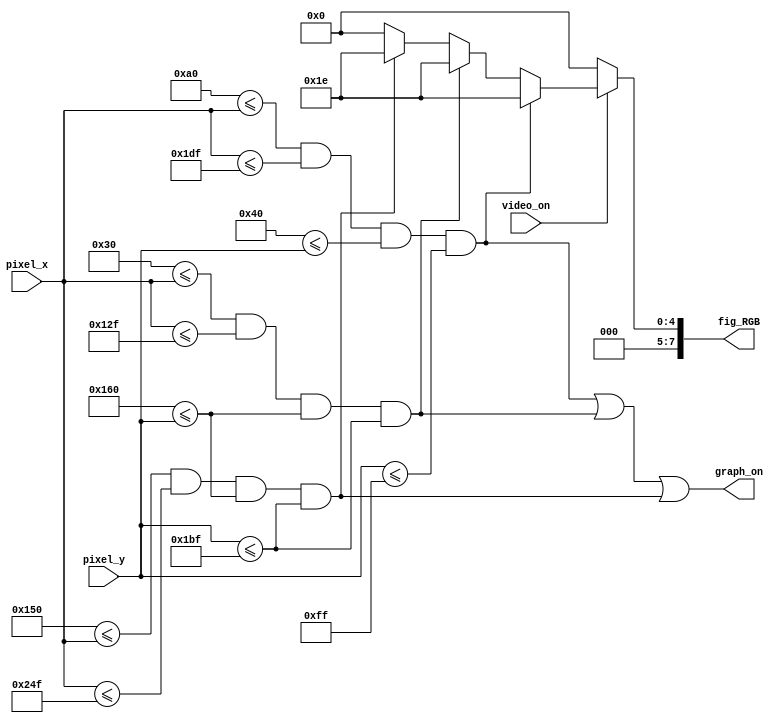
module generador_figuras
(
input wire video_on,//seal que indica que se encuentra en la regin visible de resolucin 640x480
input wire [9:0] pixel_x, pixel_y,//coordenadas xy de cada pixel
output wire graph_on,
output reg [7:0] fig_RGB //8 bpp (Nexys 3)
);

//Declaracin de constantes y seales

//Coordenas xy de la regin visible
localparam MAX_X = 640;
localparam MAX_Y = 480;

//Lmites del recuadro para la hora (320x192)
localparam BOX_H_XL = 160; //Lmite izquierdo
localparam BOX_H_XR = 479; //Lmite derecho
localparam BOX_H_YT = 64;// Lmite superior
localparam BOX_H_YB = 255;//Lmite inferior

//Lmites del recuadro para la fecha (256x96)
localparam BOX_F_XL = 48;//Lmite izquierdo
localparam BOX_F_XR = 303;//Lmite derecho
localparam BOX_F_YT = 352;//Lmite superior
localparam BOX_F_YB = 447;//Lmite inferior

//Lmites del recuadro para el timer (256x96)
localparam BOX_T_XL = 336;//Lmite izquierdo
localparam BOX_T_XR = 591;//Lmite derecho
localparam BOX_T_YT = 352;//Lmite superior
localparam BOX_T_YB = 447;//Lmite inferior

//Seales de salida de los objetos
wire BOX_H_on, BOX_F_on, BOX_T_on;
wire [7:0] BOX_H_RGB, BOX_F_RGB, BOX_T_RGB;

/*Para rellenar con pxeles dentro de los lmites 
de los objetos*/

//Recuadro HORA
assign BOX_H_on = (BOX_H_XL<=pixel_x)&&(pixel_x<=BOX_H_XR)
						&&(BOX_H_YT<=pixel_y)&&(pixel_y<=BOX_H_YB);

assign BOX_H_RGB = 8'h1E;//Turquesa oscuro

//Recuadro FECHA
assign BOX_F_on = (BOX_F_XL<=pixel_x)&&(pixel_x<=BOX_F_XR)
						&&(BOX_F_YT<=pixel_y)&&(pixel_y<=BOX_F_YB);

assign BOX_F_RGB = 8'h1E;//Turquesa oscuro

//Recuadro TIMER
assign BOX_T_on = (BOX_T_XL<=pixel_x)&&(pixel_x<=BOX_T_XR)
						&&(BOX_T_YT<=pixel_y)&&(pixel_y<=BOX_T_YB);

assign BOX_T_RGB = 8'h1E;//Turquesa oscuro

//Multiplexar la salida RGB
always @*
begin	
	if(~video_on)
		fig_RGB = 8'b0;//fondo negro
	
	else
		if (BOX_H_on) fig_RGB = BOX_H_RGB;
		else if (BOX_F_on) fig_RGB = BOX_F_RGB;
		else if (BOX_T_on) fig_RGB = BOX_T_RGB;
		else fig_RGB = 8'b0;//fondo negro
end

assign graph_on = BOX_H_on | BOX_F_on | BOX_T_on;
	
endmodule